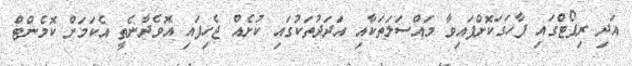
އަދި ރިޕޯޓްގައި ފާހަގަކޮށްފައިވާ މައްސަލަތަކާއި އަދަދުތަކުގައި ކުށެއް ޖެހިފައި އޮވެދާނެތީ އެކަމަށް ކޮމެންޓް